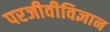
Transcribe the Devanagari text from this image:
परजीवीविज्ञान